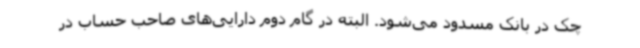
چک در بانک مسدود می‌شود. البته در گام دوم دارایی‌های صاحب حساب در